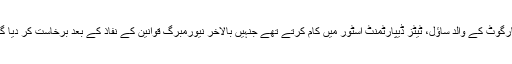
مارگوٹ کے والد ساؤل، ٹیٹز ڈیپارٹمنٹ اسٹور میں کام کرتے تھے جنہیں بالآخر نیورمبرگ قوانین کے نفاذ کے بعد برخاست کر دیا گیا۔